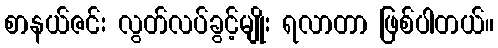
စာနယ်ဇင်း လွတ်လပ်ခွင့်မျိုး ရလာတာ ဖြစ်ပါတယ်။